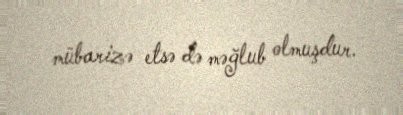
mübarizə etsə də məğlub olmuşdur.